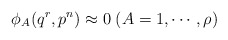
\begin{align*}\phi_A(q^r,p^n) \approx 0 \; (A=1,\cdots,\rho) \end{align*}